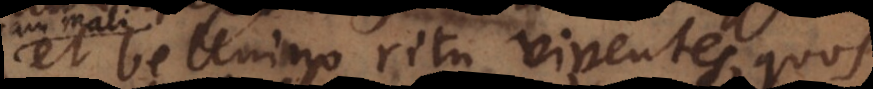
et belluino ritu viventes, quos